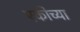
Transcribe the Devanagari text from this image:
एकीच्या